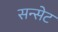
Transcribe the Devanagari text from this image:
सन्सेट